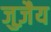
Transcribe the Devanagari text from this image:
जुज़ैय